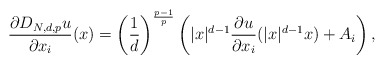
\begin{align*}\frac{\partial D_{N,d,p}u}{\partial x_{i}}(x)=\left( \frac{1}{d}\right)^{\frac{p-1}{p}}\left( |x|^{d-1}\frac{\partial u}{\partial x_{i}}(|x|^{d-1}x)+A_{i}\right) ,\end{align*}